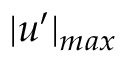
| \boldsymbol { u ^ { \prime } } | _ { m a x }